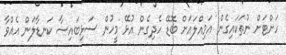
ހަށްޓަށް ނުތަކައިގެން އަމިއްލައަށް ބޮޑޭ ހެދިގެން އުޅޭ މީހުން ސަޅިބައިސާ ކަނޑާލަން އެއްވާ